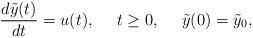
LaTeX: \begin{align*} \frac{d\tilde{y}(t)}{dt}=u(t),\ \ \ \ t\ge 0,\ \ \ \ \tilde{y}(0)=\tilde{y}_{0},\end{align*}